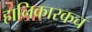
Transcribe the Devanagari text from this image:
हानिकारकच